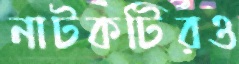
নাটকটিরও